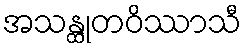
အသန္ထုတဝိဿာသီ